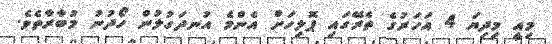
މިއީ މިދިޔަ 4 އަހަރުގެ ތެރޭގައި ޕޮލިހަށް އެންމެ އުނދަގުލުން ހޯދުނު މުބާރާތެވެ.